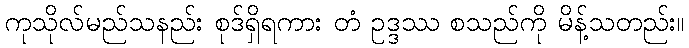
ကုသိုလ်မည်သနည်း စုဒ်ရှိရကား တံ ဥဒ္ဒဿ စသည်ကို မိန့်သတည်း။